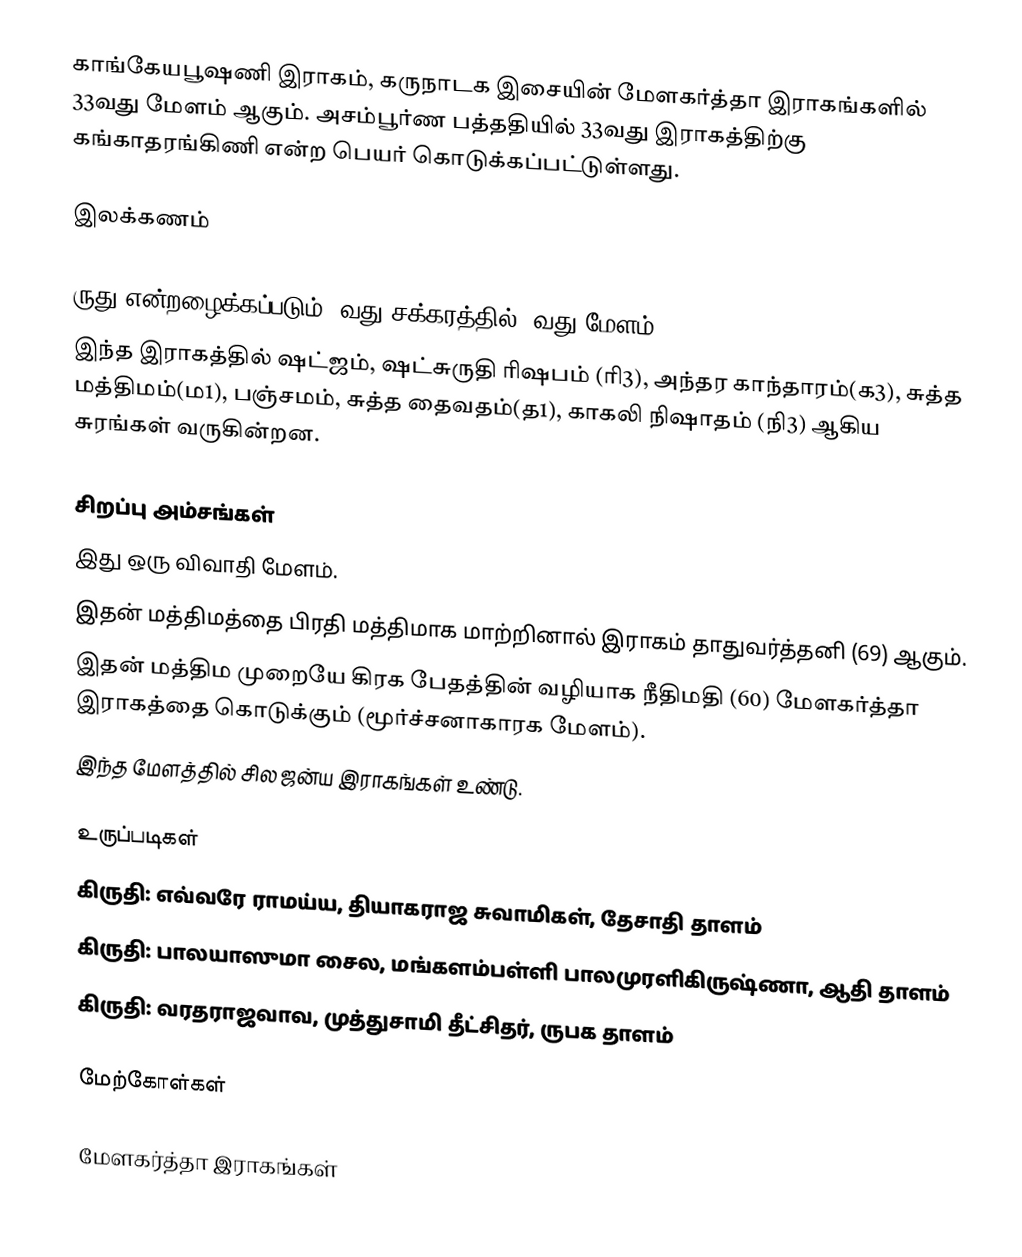
காங்கேயபூஷணி இராகம், கருநாடக இசையின் மேளகர்த்தா இராகங்களில் 33வது மேளம் ஆகும். அசம்பூர்ண பத்ததியில் 33வது இராகத்திற்கு கங்காதரங்கிணி என்ற பெயர் கொடுக்கப்பட்டுள்ளது.

இலக்கணம்

 ருது என்றழைக்கப்படும் 6வது சக்கரத்தில் 3வது மேளம்.
 இந்த இராகத்தில் ஷட்ஜம், ஷட்சுருதி ரிஷபம் (ரி3), அந்தர காந்தாரம்(க3), சுத்த மத்திமம்(ம1), பஞ்சமம், சுத்த தைவதம்(த1), காகலி நிஷாதம் (நி3) ஆகிய சுரங்கள் வருகின்றன.

சிறப்பு அம்சங்கள்
 இது ஒரு விவாதி மேளம்.
 இதன் மத்திமத்தை பிரதி மத்திமாக மாற்றினால் இராகம் தாதுவர்த்தனி (69) ஆகும்.
 இதன் மத்திம முறையே கிரக பேதத்தின் வழியாக நீதிமதி (60) மேளகர்த்தா இராகத்தை கொடுக்கும் (மூர்ச்சனாகாரக மேளம்).
 இந்த மேளத்தில் சில ஜன்ய இராகங்கள் உண்டு.

உருப்படிகள்
 கிருதி: எவ்வரே ராமய்ய, தியாகராஜ சுவாமிகள், தேசாதி தாளம்
 கிருதி: பாலயாஸுமா சைல, மங்களம்பள்ளி பாலமுரளிகிருஷ்ணா, ஆதி தாளம்
 கிருதி: வரதராஜவாவ, முத்துசாமி தீட்சிதர், ருபக தாளம்

மேற்கோள்கள்

மேளகர்த்தா இராகங்கள்